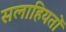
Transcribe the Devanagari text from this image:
सलाहियतों